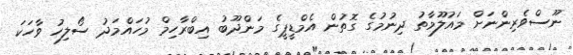
ނޫސްވެރިންނަށް މައުލޫމާތު ދިނުމުގެ ގޮތުން އެމްޑީޕީގެ މަންދޫބު އިބްރާހިމް މުހައްމަދު ސޯލިހު ވާހަކަ